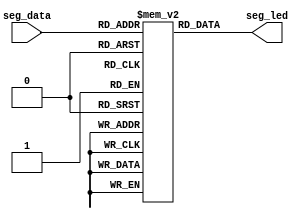
module segment (seg_data,seg_led);

    input [3:0] seg_data;
    output [7:0] seg_led;

    reg [7:0] seg [15:0];

    initial begin
        seg[0] = 8'h3f;//8'b0011_1111,70
        seg[1] = 8'h06;//7  1
        seg[2] = 8'h5b;//7  2
        seg[3] = 8'h4f;//7  3
        seg[4] = 8'h66;//7  4
        seg[5] = 8'h6d;//7  5
        seg[6] = 8'h7d;//7  6
        seg[7] = 8'h07;//7  7
        seg[8] = 8'h7f;//7  8
        seg[9] = 8'h6f;//7  9
        seg[15] = 8'h00;//7
    end

    assign seg_led = seg[seg_data];

endmodule